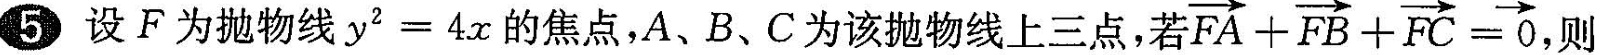
5 设F为抛物线y2=4x的焦点,A、B、C为该抛物线上三点,若FA+ $$\overrightarrow{FA}+ \overrightarrow{FB}+ \overrightarrow{FC}= \overrightarrow{0},$$